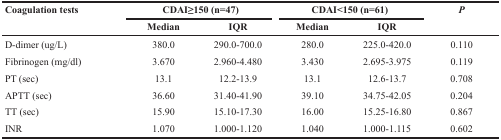
<table><thead><tr><td rowspan="2"><b>Coagulation tests</b></td><td colspan="2"><b>CDAI≥150 (n=47)</b></td><td colspan="2"><b>CDAI&lt;150 (n=61)</b></td><td rowspan="2"><b><i>P</i></b></td></tr><tr><td><b>Median</b></td><td><b>IQR</b></td><td><b>Median</b></td><td><b>IQR</b></td></tr></thead><tbody><tr><td>D-dimer (ug/L)</td><td>380.0</td><td>290.0-700.0</td><td>280.0</td><td>225.0-420.0</td><td>0.110</td></tr><tr><td>Fibrinogen (mg/dl)</td><td>3.670</td><td>2.960-4.480</td><td>3.430</td><td>2.695-3.975</td><td>0.119</td></tr><tr><td>PT (sec)</td><td>13.1</td><td>12.2-13.9</td><td>13.1</td><td>12.6-13.7</td><td>0.708</td></tr><tr><td>APTT (sec)</td><td>36.60</td><td>31.40-41.90</td><td>39.10</td><td>34.75-42.05</td><td>0.204</td></tr><tr><td>TT (sec)</td><td>15.90</td><td>15.10-17.30</td><td>16.00</td><td>15.25-16.80</td><td>0.867</td></tr><tr><td>INR</td><td>1.070</td><td>1.000-1.120</td><td>1.040</td><td>1.000-1.115</td><td>0.602</td></tr></tbody></table>